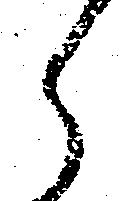
ら